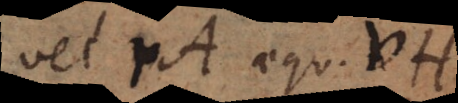
vel rA aequ. vH.